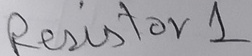
Text: Resistor 1